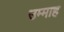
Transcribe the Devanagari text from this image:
उम्माह